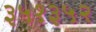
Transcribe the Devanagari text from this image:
३५१३५२